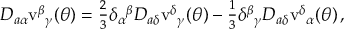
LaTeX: D _ { a \alpha } \mathrm { v } ^ { \beta } { } _ { \gamma } ( \theta ) = \textstyle { \frac { 2 } { 3 } } \delta _ { \alpha } { } ^ { \beta } D _ { a \delta } \mathrm { v } ^ { \delta } { } _ { \gamma } ( \theta ) - \textstyle { \frac { 1 } { 3 } } \delta ^ { \beta } { } _ { \gamma } D _ { a \delta } \mathrm { v } ^ { \delta } { } _ { \alpha } ( \theta ) \, ,